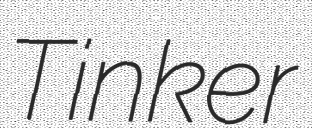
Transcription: Tinker